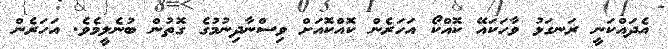
އެދައްކަނީ ރަނގަޅު ވާހަކައޭ ކޮއްކޯ އަހަރެން ކޮއްކޮއަށް ވިސްނާދިނުމުގެ ގޮތުން ބުނެލީމެވެ. އަހަރެން